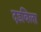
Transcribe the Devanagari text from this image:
दडविला